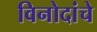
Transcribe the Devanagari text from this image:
विनोदांचे